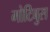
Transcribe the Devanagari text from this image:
मोटिबुस